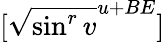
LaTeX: [\sqrt{\sin^{r}v}^{u+BE}]